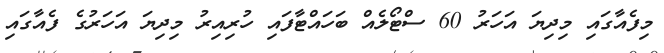
މިފެއާގައި މިދިޔަ އަހަރު 60 ސްޓޯލެއް ބަހައްޓާފައި ހުރިއިރު މިދިޔަ އަހަރުގެ ފެއާގައި